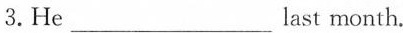
3.He___last month.